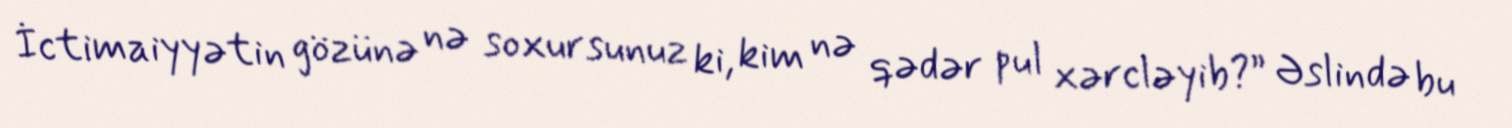
İctimaiyyətin gözünə nə soxursunuz ki, kim nə qədər pul xərcləyib?” Əslində bu